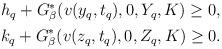
LaTeX: \begin{align*}\begin{aligned}&h_q+G_\beta^\ast(v(y_q, t_q), 0, Y_q, K)\geq 0, \\& k_q+G_\beta^\ast(v(z_q, t_q), 0, Z_q, K)\geq 0.\end{aligned}\end{align*}